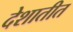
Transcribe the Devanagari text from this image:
देशातीत